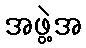
အဖွဲ့အ